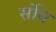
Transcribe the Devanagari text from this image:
संधि